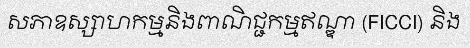
សភាឧស្សាហកម្មនិងពាណិជ្ជកម្មឥណ្ឌា (FICCI) និង